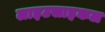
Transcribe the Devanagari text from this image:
लाइटसाइकल